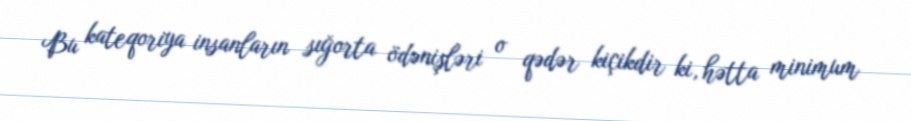
Bu kateqoriya insanların sığorta ödənişləri o qədər kiçikdir ki, hətta minimum